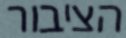
הציבור